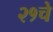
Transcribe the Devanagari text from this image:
२१चे